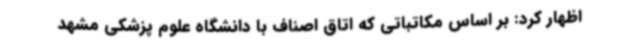
اظهار کرد: بر اساس مکاتباتی که اتاق اصناف با دانشگاه علوم پزشکی مشهد